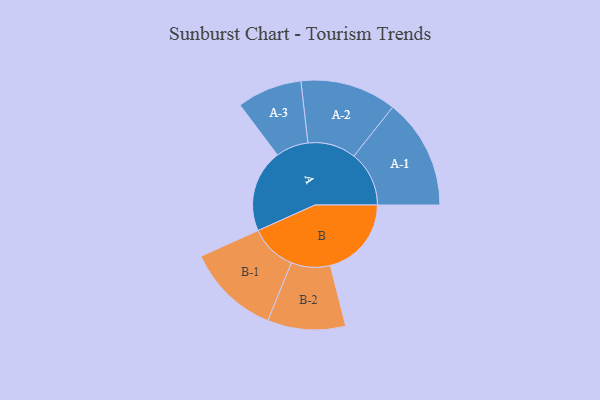
{"axis": {"x": "Segment", "y": "Value"}, "legend": ["", "A", "B"], "data": [{"x": "A", "y": 409, "type": ""}, {"x": "B", "y": 401, "type": ""}, {"x": "A-1", "y": 273, "type": "A"}, {"x": "A-2", "y": 238, "type": "A"}, {"x": "A-3", "y": 161, "type": "A"}, {"x": "B-1", "y": 231, "type": "B"}, {"x": "B-2", "y": 193, "type": "B"}]}